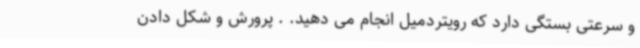
و سرعتی بستگی دارد که رویتردمیل انجام می دهید. . پرورش و شکل دادن